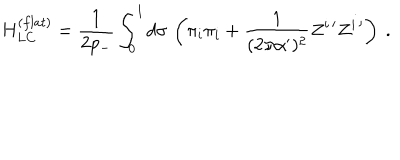
LaTeX: H _ { L C } ^ { ( f l a t ) } = \frac { 1 } { 2 p _ { - } } \int _ { 0 } ^ { l } d \sigma \, \left( \pi _ { i } \pi _ { i } + \frac { 1 } { ( 2 \pi \alpha ^ { \prime } ) ^ { 2 } } Z ^ { i \, \prime } Z ^ { i \, \prime } \right) \ .